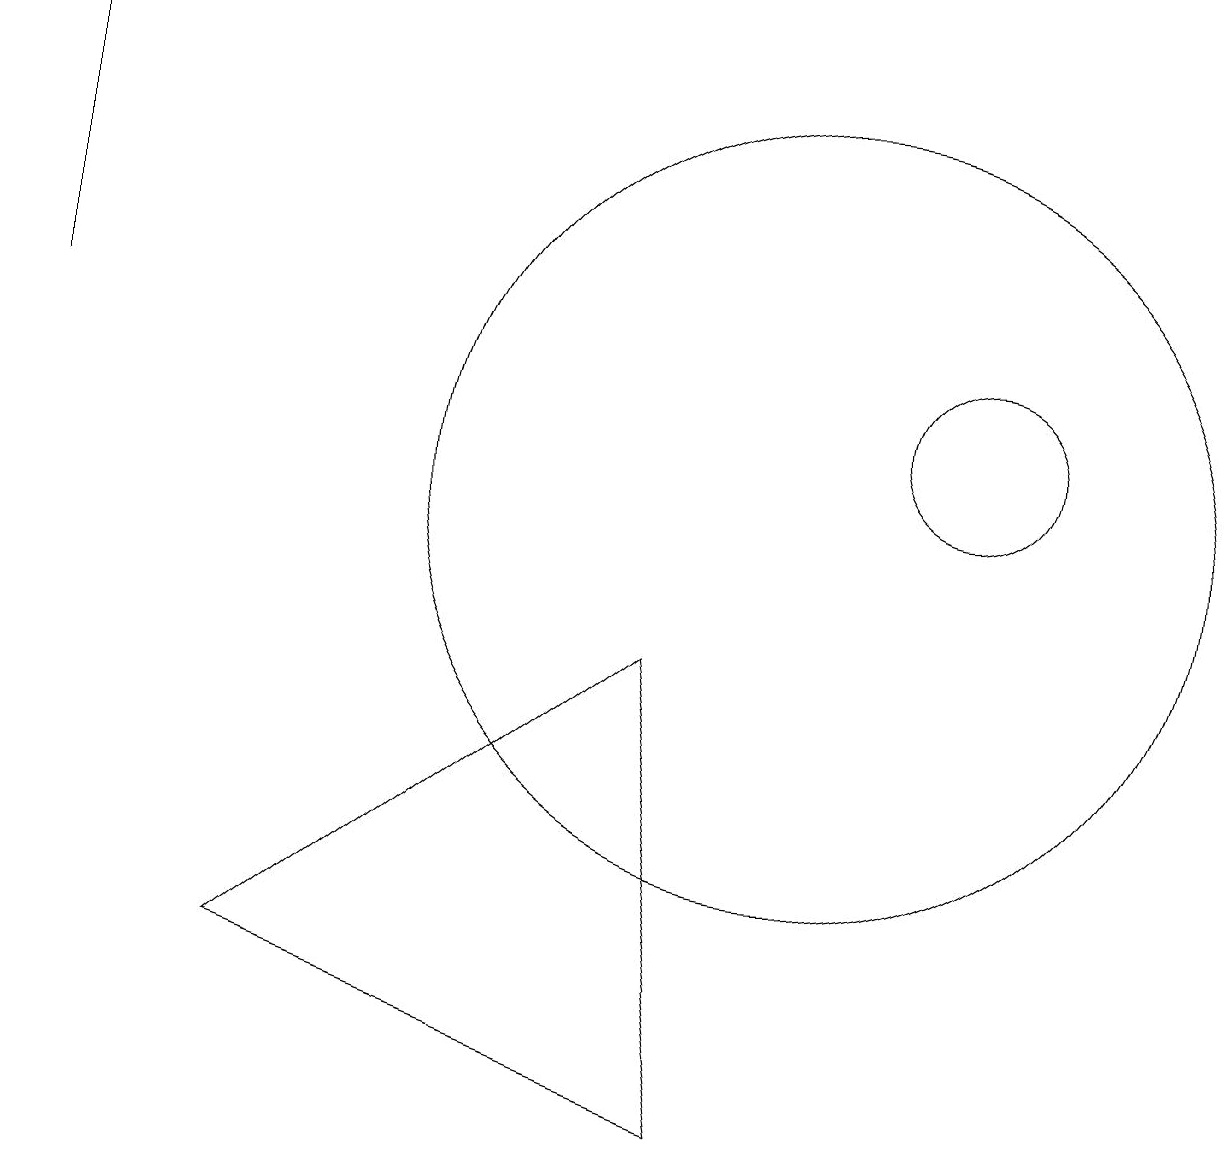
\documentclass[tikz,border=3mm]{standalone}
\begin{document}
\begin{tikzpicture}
\draw (9,2) -- (3,4) -- (8,8) -- cycle;
\draw (12,11) circle (1);
\draw (0,12) rectangle (0,16);
\draw (10,10) circle (5);
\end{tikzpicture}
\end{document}